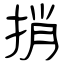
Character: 捎